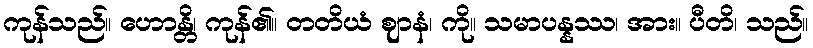
ကုန်သည်။ ဟောန္တိ၊ ကုန်၏။ တတိယံ ဈာနံ၊ ကို။ သမာပန္နဿ၊ အား။ ပီတိ၊ သည်။